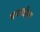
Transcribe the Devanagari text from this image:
वनराईचा